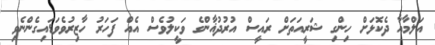
އަލްމާއާ ދެކޮޅަށް ހިންގި ޝަރީއަތަށް ރައީސް އުރުދުޣާންގެ ވަކީލުވެސް އެއް ފަހަރު ހާޒިރުވެވަޑައިގެންނެވި